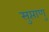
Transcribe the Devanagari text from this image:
सुप्ताणु